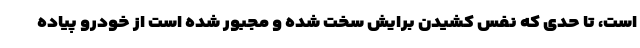
است، تا حدی که نفس کشیدن برایش سخت شده و مجبور شده است از خودرو پیاده